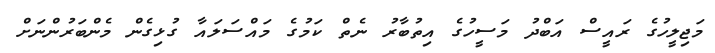
މަޖިލީހުގެ ރައީސް އަބްދު މަސީހުގެ އިތުބާރު ނެތް ކަމުގެ މައްސަލައާ ގުޅިގެން މެންބަރުންނަށް